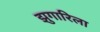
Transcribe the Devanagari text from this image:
झुगारिला